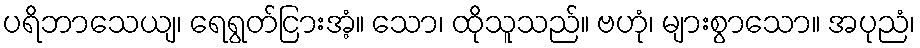
ပရိဘာသေယျ၊ ရေရွတ်ငြားအံ့။ သော၊ ထိုသူသည်။ ဗဟုံ၊ များစွာသော။ အပုညံ၊